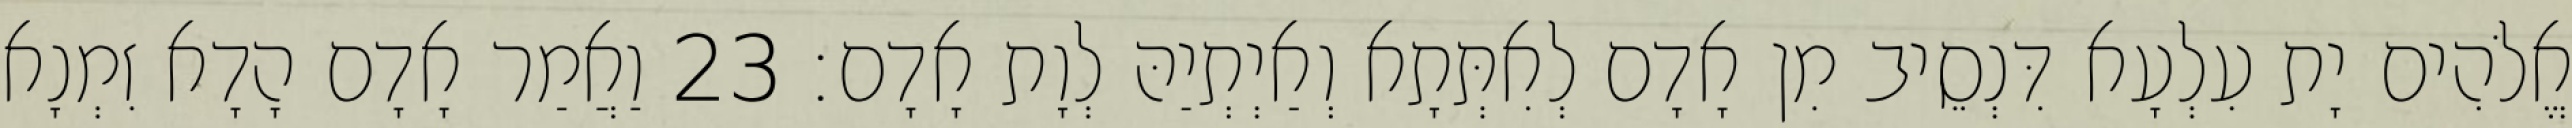
אֱלֹהִים יָת עִלְעָא דִּנְסֵיב מִן אָדָם לְאִתְּתָא וְאַיְתְיַהּ לְוָת אָדָם׃ 23 וַאֲמַר אָדָם הָדָא זִמְנָא